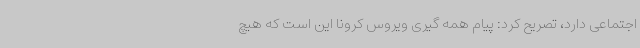
اجتماعی دارد، تصریح کرد: پیام همه گیری ویروس کرونا این است که هیچ